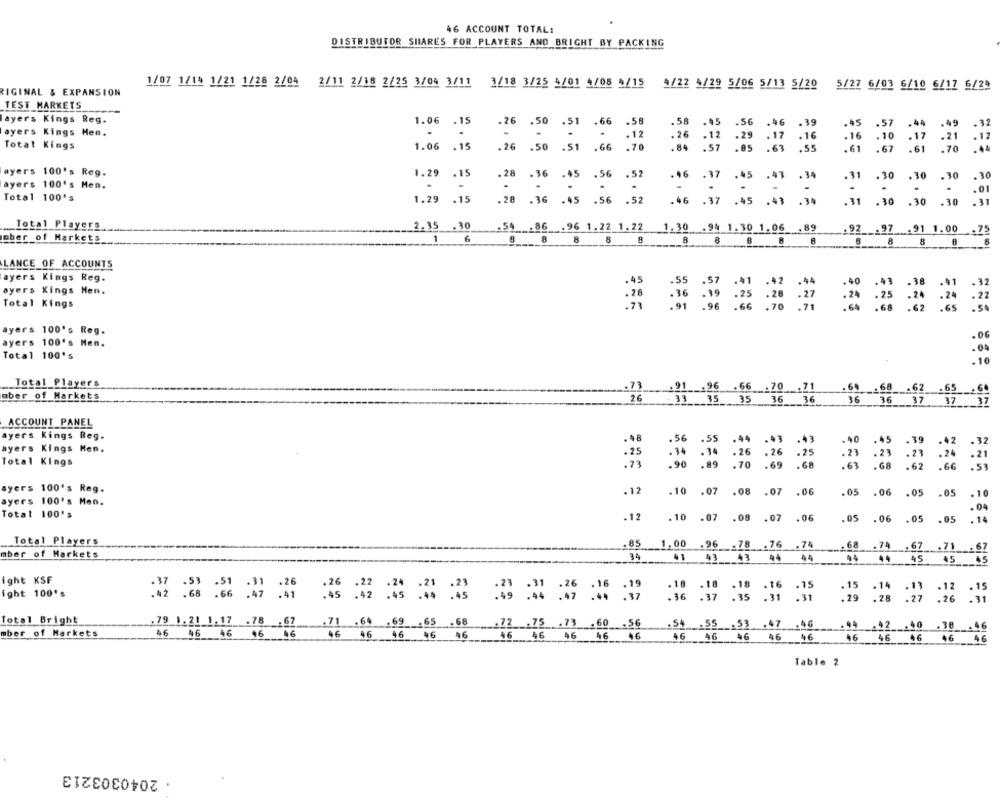
46 ACCOUNT TOTAL:
DISTRIBUTOR SHARES FOR PLAYERS AND BRIGHT BY PACKING
1/07 1/14 1/21 1/28 2/04 2/11 2/18 2/25 3/04 3/11 3/18 3/25 4/01 4/08 4/15 4/22 4/29 5/06 5/13 5/20 5/27 6/03 6/10 6/17 6/29
RIGINAL & EXPANSION
TEST MARKETS
layers Kings Reg.
1.06 . 15
.26
.50
.51
.66
.58
58 .45 .56 .46 .39
.45
.57
44
-32
ayers Kings Hen.
.
.
Total Kings
. 12
.26
. 12
.29
.17
. 16
.16
. 10
.17
1.06
.15
.26
.50
.51 .66
.70
.84
.84 .57
.05 .63
.55
.61
.67
:12
ayers 100's Reg.
1.29
.15
.28
.45
.43
.30 .30
.30
.30
ayers 100's Men.
.36
.45 .56 . 52
.46
. 37
.34
.31
.30
-
.
.
-
-
:01
Total 100's
1.29
.15
.28 .36 .45 .56 .52
.46
-37
.45
.43
. 31
.10
.30 .30
= ==
.31 .30 .30 .30
.31
Total Players
2,35
35 _. 30
.54 ___ 86 .96 1.22 1.22
1.30 .94 1.30 1.06 .89
.92 __. 97 .91 1.00 .75
mber of Markets
1
6
.8
8
8 8 8
LANCE OF ACCOUNTS
ayers Kings Reg.
.45
.40
. 32
ayers Kings Hen.
.28
Total Kings
.36
. 24
. 25 : 24 : 24
: 22
.68
.50
ayers 100's Reg.
.00
ayers 100's Men.
.04
Total 100's
.10
Total Players
.73
.91
.96 .66 .70 .71
.64 .68 .62 .65 .64
aber of Markets
26
33.
35 35 36 36
36 36 37
37 ___ 37
ACCOUNT PANEL
ayers Kings Reg.
.48
.40
. 39
.42
.32
5€
59
ayers Kings Hen.
. 25
. 34
.21
.29
21
.24
21
Total Kings
:26
. 25
68
.90
.70
.63
. 62
.66
.53
ayers 100's Reg.
.12
.10 .07 .08 .07 .06
.05
. 06
.05
.05
.10
ayers 100's Men.
.04
Total 100's
.12
.07 .08 .07 .06
.05
.06
.05
.05
.14
Total Players
.85
1.00 .96 -78 .76 .74
.. 68 .74 .67 .71 .67
mber of Harkets
34
41 43
44
44
45
45
.5
ight KSF
ight 100's
.26
.26
.22
.18
-18 - 18
.16
.16 .15
.15 . 14
.14
.13
.12
. 15
.68 .66 : 47
.45 .42
:25
:16
.36 .37
.31 .31
.29 .28
.27
.26
.31
Total Bright
.79 1.21 1.17 .78
.67
.71 .64 .69 .65 .68
.. 22 __. 75 .. 73
.54 .SS .53 .47 .46
94 .42 .40 .38
.46
mber of Markets
46
46
46 46
46
46 46 46
46 46
16 46 46 46 46
46 46 46 46 46
46 46 46
46
46
Table 2
. 2040303213